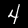
Digit: 4